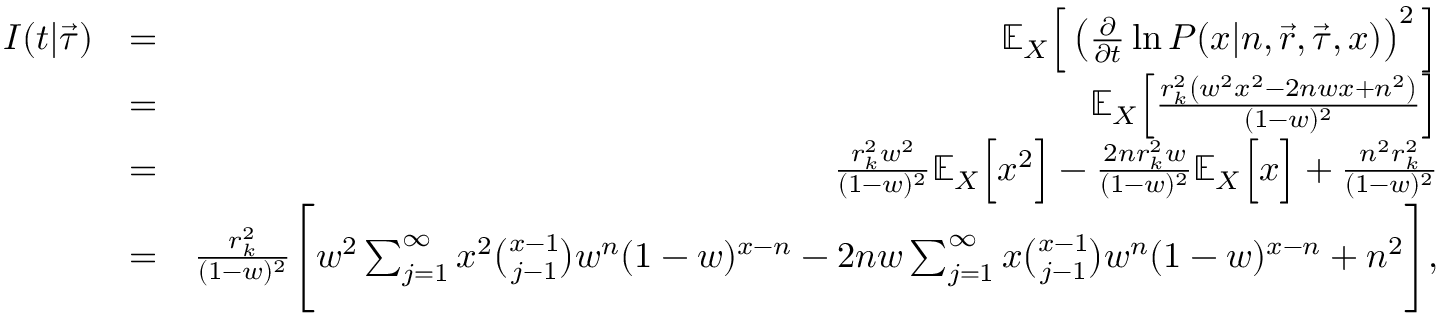
\begin{array} { r l r } { I ( t | \vec { \tau } ) } & { = } & { \mathbb { E } _ { X } \Big [ \left( \frac { \partial } { \partial t } \ln P ( x | n , \vec { r } , \vec { \tau } , x ) \right) ^ { 2 } \Big ] } \\ & { = } & { \mathbb { E } _ { X } \Big [ \frac { r _ { k } ^ { 2 } \left( w ^ { 2 } x ^ { 2 } - 2 n w x + n ^ { 2 } \right) } { ( 1 - w ) ^ { 2 } } \Big ] } \\ & { = } & { \frac { r _ { k } ^ { 2 } w ^ { 2 } } { ( 1 - w ) ^ { 2 } } \mathbb { E } _ { X } \Big [ x ^ { 2 } \Big ] - \frac { 2 n r _ { k } ^ { 2 } w } { ( 1 - w ) ^ { 2 } } \mathbb { E } _ { X } \Big [ x \Big ] + \frac { n ^ { 2 } r _ { k } ^ { 2 } } { ( 1 - w ) ^ { 2 } } } \\ & { = } & { \frac { r _ { k } ^ { 2 } } { ( 1 - w ) ^ { 2 } } \Bigg [ w ^ { 2 } \sum _ { j = 1 } ^ { \infty } x ^ { 2 } \binom { x - 1 } { j - 1 } w ^ { n } ( 1 - w ) ^ { x - n } - 2 n w \sum _ { j = 1 } ^ { \infty } x \binom { x - 1 } { j - 1 } w ^ { n } ( 1 - w ) ^ { x - n } + n ^ { 2 } \Bigg ] , } \end{array}